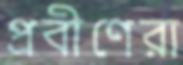
প্রবীণেরা